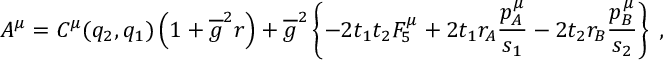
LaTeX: { \cal A } ^ { \mu } = C ^ { \mu } ( q _ { 2 } , q _ { 1 } ) \left( 1 + \overline { { g } } ^ { 2 } r \right) + \overline { { g } } ^ { 2 } \left\{ - 2 t _ { 1 } t _ { 2 } { \cal F } _ { 5 } ^ { \mu } + 2 t _ { 1 } r _ { A } \frac { p _ { A } ^ { \mu } } { s _ { 1 } } - 2 t _ { 2 } r _ { B } \frac { p _ { B } ^ { \mu } } { s _ { 2 } } \right\} \; ,